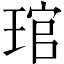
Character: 琯